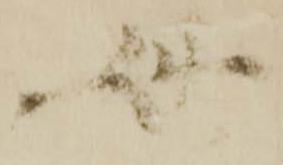
母